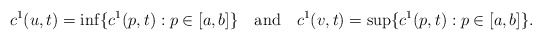
\begin{align*} c^1(u,t)=\inf\{c^1(p,t): p\in[a,b]\} \ \ \mbox{ and } \ \ c^1(v,t)=\sup\{c^1(p,t): p\in[a,b]\}. \end{align*}